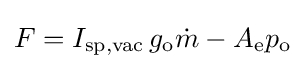
F=I_{\text{sp,vac}}\,g_{\text{o}}{\dot {m}}-A_{\text{e}}p_{\text{o}}